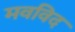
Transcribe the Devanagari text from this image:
मवविद